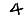
Digit: 4